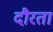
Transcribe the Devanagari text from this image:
दौरता